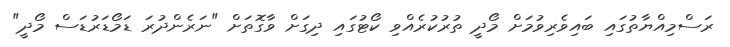
ރަސްމިއްޔާތުގައި ބައިވެރިވުމަށް މޯދީ ތުރުކުރެއްވި ކޯޓުގައި ދިގަށް ވާގޮތަށް "ނަރެންދުރަ ޑަމޯޑަރުޑަސް މޯދީ"